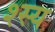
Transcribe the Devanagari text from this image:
श्स्य